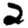
Digit: 2